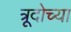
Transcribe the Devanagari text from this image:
त्रूदोच्या